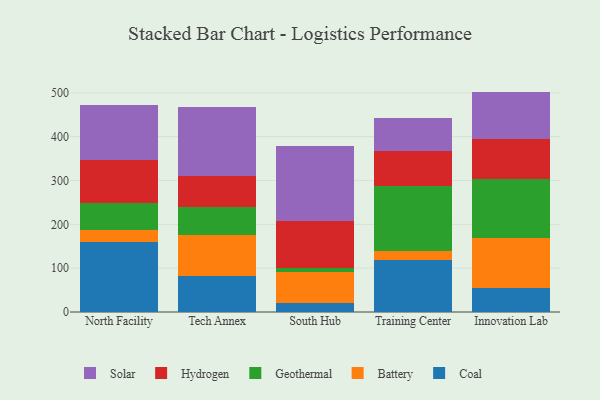
{"axis": {"x": "Campus", "y": "Gross Profit (USD K)"}, "legend": ["Battery", "Coal", "Geothermal", "Hydrogen", "Solar"], "data": [{"x": "North Facility", "y": 160.7, "type": "Coal"}, {"x": "North Facility", "y": 25.5, "type": "Battery"}, {"x": "North Facility", "y": 61.4, "type": "Geothermal"}, {"x": "North Facility", "y": 99.0, "type": "Hydrogen"}, {"x": "North Facility", "y": 126.0, "type": "Solar"}, {"x": "Tech Annex", "y": 82.2, "type": "Coal"}, {"x": "Tech Annex", "y": 94.3, "type": "Battery"}, {"x": "Tech Annex", "y": 63.6, "type": "Geothermal"}, {"x": "Tech Annex", "y": 70.6, "type": "Hydrogen"}, {"x": "Tech Annex", "y": 158.0, "type": "Solar"}, {"x": "South Hub", "y": 20.2, "type": "Coal"}, {"x": "South Hub", "y": 70.4, "type": "Battery"}, {"x": "South Hub", "y": 9.5, "type": "Geothermal"}, {"x": "South Hub", "y": 107.1, "type": "Hydrogen"}, {"x": "South Hub", "y": 171.4, "type": "Solar"}, {"x": "Training Center", "y": 119.6, "type": "Coal"}, {"x": "Training Center", "y": 19.6, "type": "Battery"}, {"x": "Training Center", "y": 149.2, "type": "Geothermal"}, {"x": "Training Center", "y": 78.3, "type": "Hydrogen"}, {"x": "Training Center", "y": 76.8, "type": "Solar"}, {"x": "Innovation Lab", "y": 55.8, "type": "Coal"}, {"x": "Innovation Lab", "y": 114.2, "type": "Battery"}, {"x": "Innovation Lab", "y": 133.9, "type": "Geothermal"}, {"x": "Innovation Lab", "y": 89.9, "type": "Hydrogen"}, {"x": "Innovation Lab", "y": 109.1, "type": "Solar"}]}